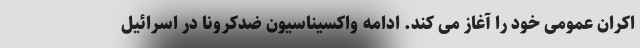
اکران عمومی خود را آغاز می کند. ادامه واکسیناسیون ضدکرونا در اسرائیل